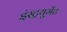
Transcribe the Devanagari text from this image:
इंस्ट्रयूमेंट